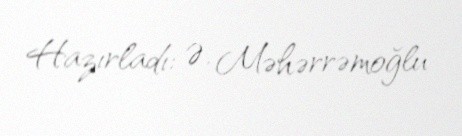
Hazırladı: Ə. Məhərrəmoğlu